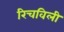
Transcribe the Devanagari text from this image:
रिचविली